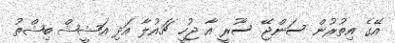
އޭގެ އިތުރުން ސަންޖޭ ސޫރީ އާ ޖުހީ ޗައުލާ އަދި އަޝީޝް ބިޝްތު